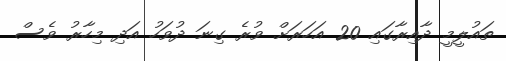
ތައުލީމީ ދާއިރާގައި 20 އަހަރަށް ވުރެ ގިނަ ދުވަހު އަދި މިހާރު ވެސް